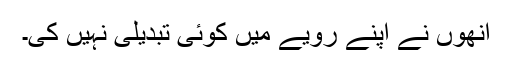
انھوں نے اپنے رویے میں کوئی تبدیلی نہیں کی۔